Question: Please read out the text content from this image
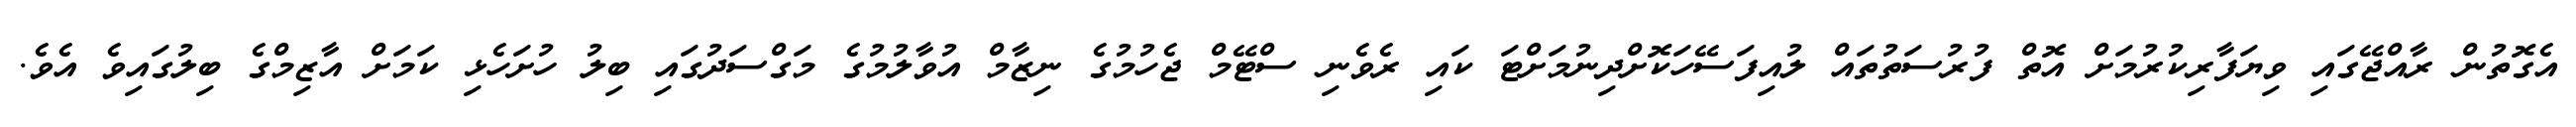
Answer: އެގޮތުން ރާއްޖޭގައި ވިޔަފާރިކުރުމަށް އޮތް ފުރުސަތުތައް ލުއިފަސޭހަކޮށްދިނުމަށްޓަ ކައި ރެވެނި ސްޓޭމް ޖެހުމުގެ ނިޒާމް އުވާލުމުގެ މަގްސަދުގައި ބިލު ހުށަހެޅި ކަމަށް އާޒިމްގެ ބިލުގައިވެ އެވެ.